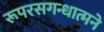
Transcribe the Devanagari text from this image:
रूपरसगन्धात्मने